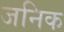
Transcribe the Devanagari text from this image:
जनिक